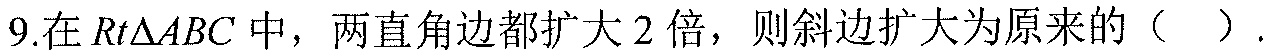
9.在\(Rt\triangle ABC\)中，两直角边都扩大\(2\)倍，则斜边扩大为原来的（  ）.